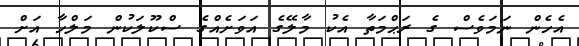
އެހެން ނަމަވެސް ގެ ރަޙްމަތާ އެކު މާލޭގެ އަވަށެއްގެ ސްކޫލަކުން މަލްހާ އަށް